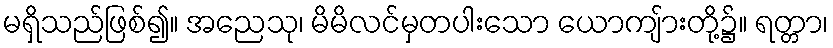
မရှိသည်ဖြစ်၍။ အညေသု၊ မိမိလင်မှတပါးသော ယောကျ်ားတို့၌။ ရတ္တာ၊